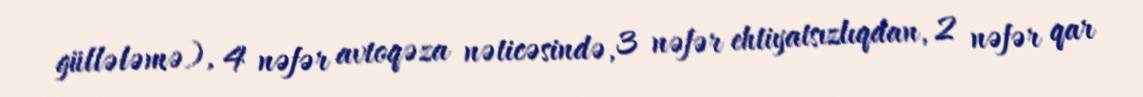
güllələmə), 4 nəfər avtoqəza nəticəsində, 3 nəfər ehtiyatsızlıqdan, 2 nəfər qar